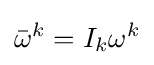
{\bar {\omega }}^{k}=I_{k}\omega ^{k}